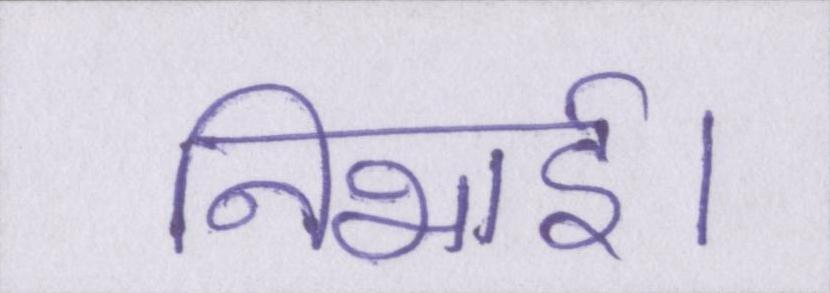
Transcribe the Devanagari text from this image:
निभाई।